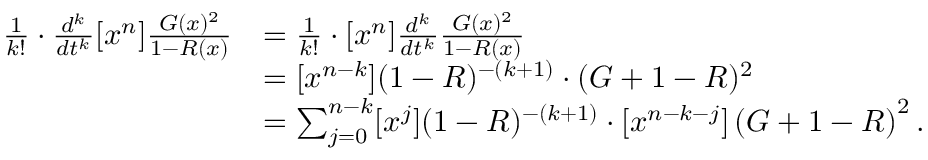
\begin{array} { r l } { \frac { 1 } { k ! } \cdot \frac { d ^ { k } } { d t ^ { k } } [ x ^ { n } ] \frac { G ( x ) ^ { 2 } } { 1 - R ( x ) } } & { = \frac { 1 } { k ! } \cdot [ x ^ { n } ] \frac { d ^ { k } } { d t ^ { k } } \frac { G ( x ) ^ { 2 } } { 1 - R ( x ) } } \\ & { = [ x ^ { n - k } ] ( 1 - R ) ^ { - ( k + 1 ) } \cdot ( G + 1 - R ) ^ { 2 } } \\ & { = \sum _ { j = 0 } ^ { n - k } [ x ^ { j } ] ( 1 - R ) ^ { - ( k + 1 ) } \cdot [ x ^ { n - k - j } ] \left( G + 1 - R \right) ^ { 2 } . } \end{array}